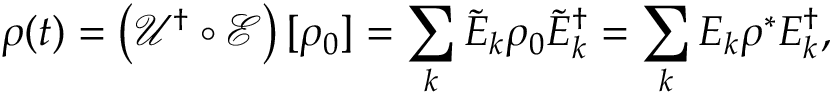
\rho ( t ) = \left( \mathcal { U ^ { \dag } \circ E } \right) [ \rho _ { 0 } ] = \sum _ { k } \tilde { E } _ { k } \rho _ { 0 } \tilde { E } _ { k } ^ { \dag } = \sum _ { k } E _ { k } \rho ^ { * } E _ { k } ^ { \dag } ,